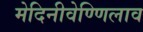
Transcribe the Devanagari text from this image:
मेदिनीवेण्णिलाव